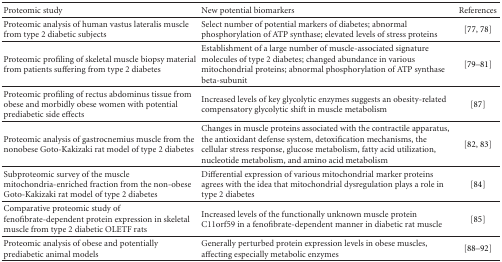
| Proteomic study | New potential biomarkers | References |
 | --- | --- | --- |
 | Proteomic analysis of human vastus lateralis muscle from type 2 diabetic subjects | Select number of potential markers of diabetes; abnormal phosphorylation of ATP synthase; elevated levels of stress proteins | [77, 78] |
 | Proteomic profiling of skeletal muscle biopsy material from patients suffering from type 2 diabetes | Establishment of a large number of muscle-associated signature molecules of type 2 diabetes; changed abundance in various mitochondrial proteins; abnormal phosphorylation of ATP synthase beta-subunit | [79–81] |
 | Proteomic profiling of rectus abdominus tissue from obese and morbidly obese women with potential prediabetic side effects | Increased levels of key glycolytic enzymes suggests an obesity-related compensatory glycolytic shift in muscle metabolism | [87] |
 | Proteomic analysis of gastrocnemius muscle from the nonobese Goto-Kakizaki rat model of type 2 diabetes | Changes in muscle proteins associated with the contractile apparatus, the antioxidant defense system, detoxification mechanisms, the cellular stress response, glucose metabolism, fatty acid utilization, nucleotide metabolism, and amino acid metabolism | [82, 83] |
 | Subproteomic survey of the muscle mitochondria-enriched fraction from the non-obese Goto-Kakizaki rat model of type 2 diabetes | Differential expression of various mitochondrial marker proteins agrees with the idea that mitochondrial dysregulation plays a role in type 2 diabetes | [84] |
 | Comparative proteomic study of fenofibrate-dependent protein expression in skeletal muscle from type 2 diabetic OLETF rats | Increased levels of the functionally unknown muscle protein C11orf59 in a fenofibrate-dependent manner in diabetic rat muscle | [85] |
 | Proteomic analysis of obese and potentially prediabetic animal models | Generally perturbed protein expression levels in obese muscles, affecting especially metabolic enzymes | [88–92] |